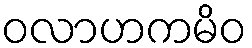
ဝလာဟကမိဝ